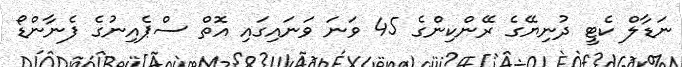
ނަޑާލް ކެޓީ ދުނިޔޭގެ ރޭންކިންގެ 45 ވަނަ ވަނައިގައި އޮތް ސްޕެއިނުގެ ފެނާންޑޯ